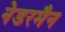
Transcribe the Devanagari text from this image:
नेडरमैन